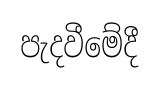
පැදවීමේදී